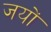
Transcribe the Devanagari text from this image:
जयों